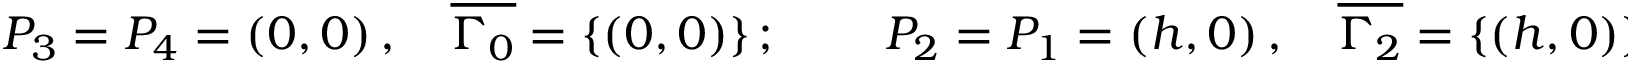
\begin{array} { r } { P _ { 3 } = P _ { 4 } = ( 0 , 0 ) \, , \quad \overline { { \Gamma _ { 0 } } } = \{ ( 0 , 0 ) \} \, ; \qquad \, P _ { 2 } = P _ { 1 } = ( h , 0 ) \, , \quad \overline { { \Gamma _ { 2 } } } = \{ ( h , 0 ) \} \, . } \end{array}